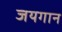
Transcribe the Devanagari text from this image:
जयगान